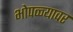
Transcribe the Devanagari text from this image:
भोपळ्यावर